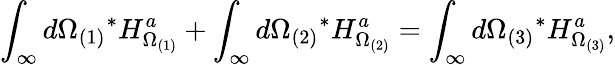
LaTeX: \int_{\infty}d\Omega_{(1)}{}^{*}H_{\Omega_{(1)}}^{a}+\int_{\infty}d\Omega_{(2)}{}^{*}H_{\Omega_{(2)}}^{a}=\int_{\infty}d\Omega_{(3)}{}^{*}H_{\Omega_{(3)}}^{a},